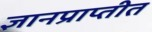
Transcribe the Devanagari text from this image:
ज्ञानप्राप्तीत